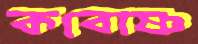
কবোষ্ণ